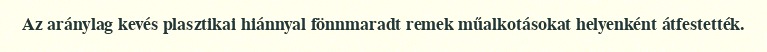
Az aránylag kevés plasztikai hiánnyal fönnmaradt remek műalkotásokat helyenként átfestették.